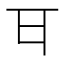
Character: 𭺪